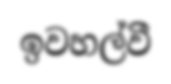
ඉවහල්වී